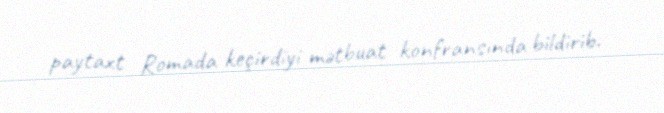
paytaxt Romada keçirdiyi mətbuat konfransında bildirib.